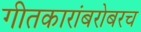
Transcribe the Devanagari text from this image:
गीतकारांबरोबरच